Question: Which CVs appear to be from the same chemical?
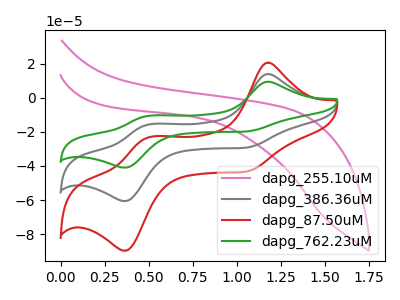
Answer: <think>The pink curve "dapg_255.10uM" has no peaks. The gray curve "dapg_386.36uM" has anodic peaks at (1.15V, 13.90uA) (0.50V, -15.80uA) and cathodic peaks at (1.05V, -29.35uA) (0.35V, -60.60uA). The red curve "dapg_87.50uM" has anodic peaks at (1.15V, 20.55uA) (0.50V, -23.35uA) and cathodic peaks at (1.05V, -43.40uA) (0.35V, -89.65uA). The green curve "dapg_762.23uM" has anodic peaks at (1.15V, 27.80uA) (0.50V, -31.55uA) and cathodic peaks at (1.05V, -58.70uA) (0.35V, -121.20uA).
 "dapg_255.10uM" and "dapg_386.36uM" have a different number of peaks. "dapg_255.10uM" and "dapg_87.50uM" have a different number of peaks. "dapg_255.10uM" and "dapg_762.23uM" have a different number of peaks. All the peaks in "dapg_386.36uM" have a peak in "dapg_87.50uM" at the same potential. All the peaks in "dapg_386.36uM" have a peak in "dapg_762.23uM" at the same potential. All the peaks in "dapg_87.50uM" have a peak in "dapg_762.23uM" at the same potential.</think>
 <answer>"dapg_87.50uM", "dapg_386.36uM" and "dapg_762.23uM" have the same shape and are likely CV's of the same chemical.</answer>
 <eval>"dapg_87.50uM" "dapg_386.36uM" "dapg_762.23uM"</eval>